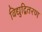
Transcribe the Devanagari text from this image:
विद्युद्वितरण